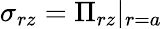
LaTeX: \sigma_{rz}=\Pi_{rz}|_{r=a}